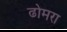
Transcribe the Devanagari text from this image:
ढोमरा